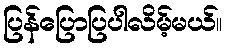
ပြန်ပြောပြပါလိမ့်မယ်။